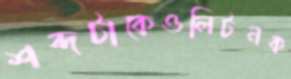
শব্দটাকেওলিটনক